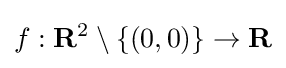
f:\mathbf {R} ^{2}\setminus \{(0,0)\}\to \mathbf {R}